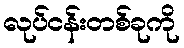
လုပ်ငန်းတစ်ခုကို